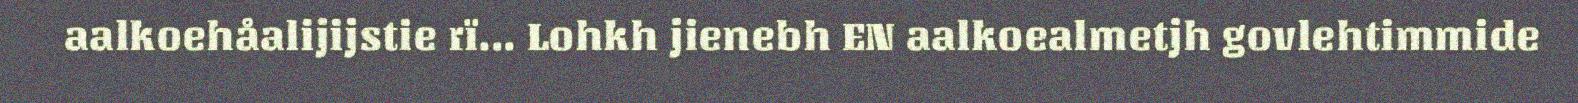
aalkoehåalijijstie rï... Lohkh jienebh EN aalkoealmetjh govlehtimmide